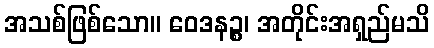
အသစ်ဖြစ်သော။ ဝေဒနဉ္စ၊ အတိုင်းအရှည်မသိ